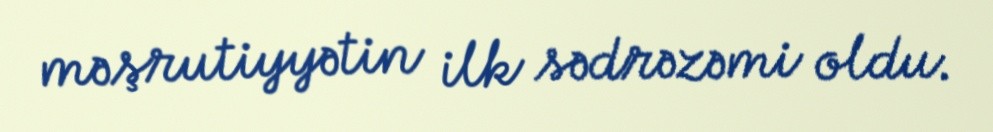
məşrutiyyətin ilk sədrəzəmi oldu.